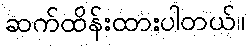
ဆက်ထိန်းထားပါတယ်။